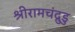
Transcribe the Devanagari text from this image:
श्रीरामचंद्रुडु